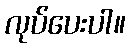
လုပ်ပေးပါ။